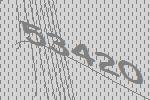
53420